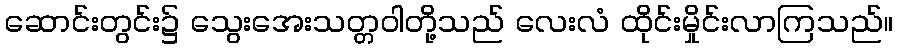
ဆောင်းတွင်း၌ သွေးအေးသတ္တဝါတို့သည် လေးလံ ထိုင်းမှိုင်းလာကြသည်။